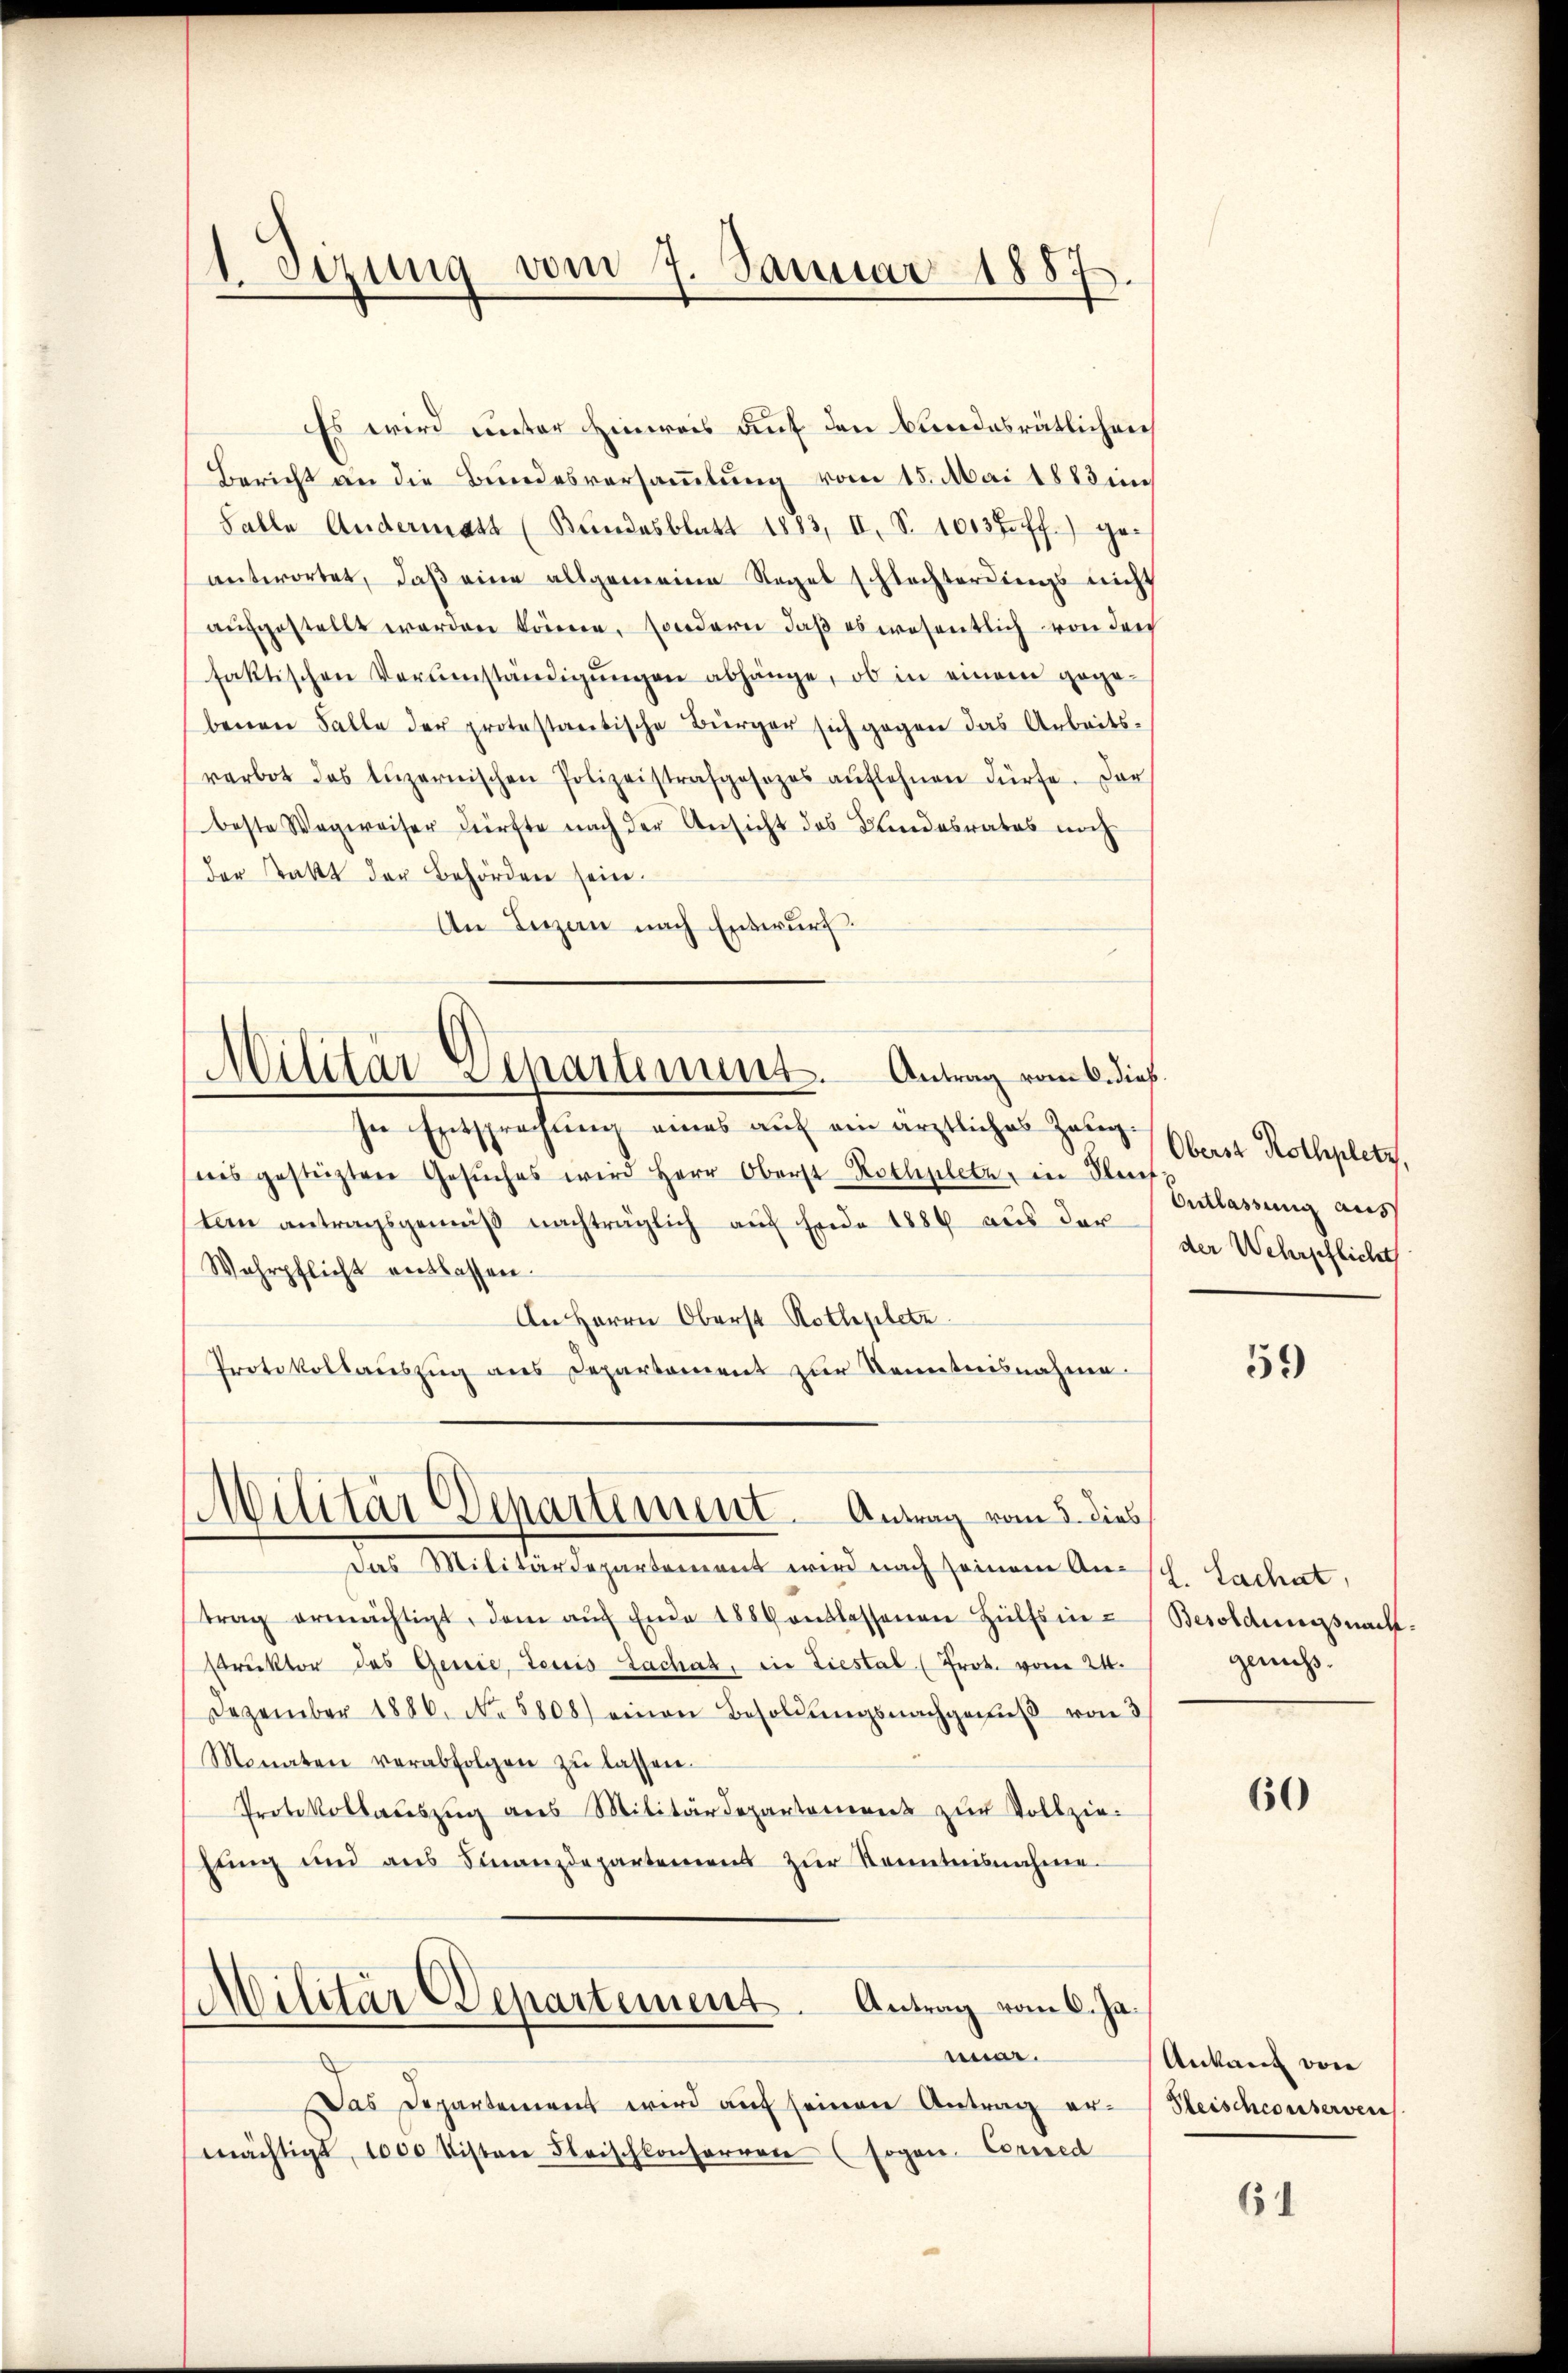
1. Sizung vom 7. Januar 1887

Es wird unter Hinweis auf den bundesrätlichen
Bericht an die Bundesversammlung vom 15. Mai 1883 in
Falle Andermatt (Bundesblatt 1883, II, S. 1013 ff.) geantwortet, daß eine allgemeine Regel schlachterdings nicht
aufgestellt werden könne, sondern, daß es wesentlich von ders
faktischen Verumständigŭngen abhänge, ob in einem gegebenen Falle der protestantische Bürger sich gegen das Arbeits-
verbot das Lŭzernischen Polizeistrafgesezes aŭflehnen dürfe. Der
beste Wegweiser dürfte nach der Ansicht das Blindesrates noch
der Statt der Behörden sein.
An Luzan nach Entwurf.
In Entsprechung eines auf ein ärztliches Zorn Oberst Rothplatz,
nis gestüzten Gesŭches wird Herr Oberst-Rothplatz, in Kleef
Ton antragsgemäß nachträglich auf Ende 1886 aus der
Wahrpflicht entlassen.
An Herrn Oberst Rothplatz
Protokollauszug aus Departement zur Kenntnisnahme
Militär Departement. Antrag vom 5. dies
Das Militärdepartement wird nach seinem An-
trag ermächtigt, dem auf Ende 1889 entlassenen Hülfsinstruktor das Genie, Tecis Zachah, ein Liestal (Prok. vom 24.
Dezember 1886. No 5808) einen Besoldŭngsnachgenuß von 3
Monaten verabfolgen zŭ lassen.
Protokollauszug aus Militärdepantoneres zur Vollziehung und aus Finanzdepartemens zŭr Kenntnisnahme.
Militär Departement. Antrag vom 6. Jamer.
Das Departement wird aŭf seinen Antrag er-Steischconserven
mächtigt, 1000 tisten Fleischkonferren (sogen. Corred

Militär-Separtement. Antrag vom 6. dies

Entlassung aus
der Wehrschlicht

59)

L. Sachat,
Besoldungsnachgenuss.

60

Ankauf von

61